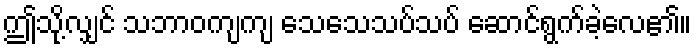
ဤသို့လျှင် သဘာဝကျကျ သေသေသပ်သပ် ဆောင်ရွက်ခဲ့လေ၏။